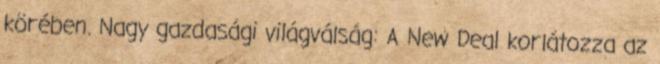
körében. Nagy gazdasági világválság: A New Deal korlátozza az